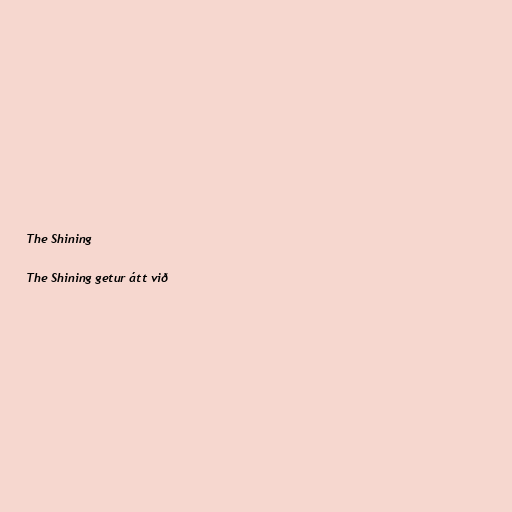
The Shining

The Shining getur átt við